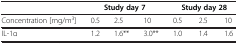
<table><thead><tr><td><b> </b></td><td colspan="3"><b>Study day 7</b></td><td colspan="3"><b>Study day 28</b></td></tr></thead><tbody><tr><td>Concentration [mg/m<sup>3</sup>]</td><td>0.5</td><td>2.5</td><td>10</td><td>0.5</td><td>2.5</td><td>10</td></tr><tr><td>IL-1α</td><td>1.2</td><td>1.6**</td><td>3.0**</td><td>1.0</td><td>1.4</td><td>1.6</td></tr></tbody></table>